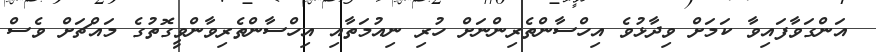
އަންގަވާފައިވާ ކަމަށް ވިދާޅުވެ އިހްސާންތެރިންނަށް ހުރި ނިއުމަތާއި އިހްސާންތެރިވާންވީގޮތުގެ މައްޗަށް ވެސް